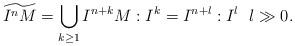
LaTeX: \begin{align*}\widetilde{I^nM} = \bigcup_{k\ge 1} I^{n+k}M : I^k = I^{n+l}: I^l \ \ l\gg 0.\end{align*}